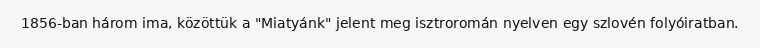
1856-ban három ima, közöttük a "Miatyánk" jelent meg isztroromán nyelven egy szlovén folyóiratban.